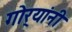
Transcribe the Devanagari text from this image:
गोर्‍यांनी